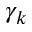
\gamma _ { k }